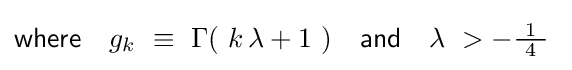
{\mathsf {where}}\quad g_{k}\ \equiv \ \Gamma \,\!(\ k\,\lambda +1\ )\quad {\mathsf {and}}\quad \lambda \ >-{\tfrac {\ 1\ }{4}}~